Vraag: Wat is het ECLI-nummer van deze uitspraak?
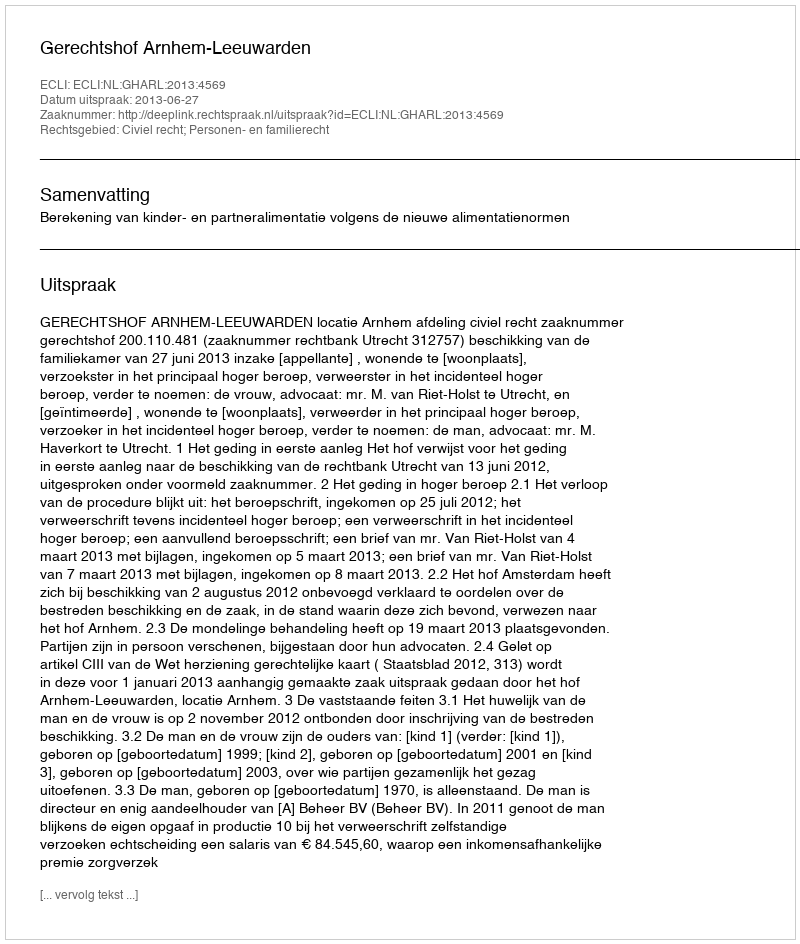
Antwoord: ECLI:NL:GHARL:2013:4569